Vaccination in the Punjab 1897-1904 - 1897-1904
Year: 1897
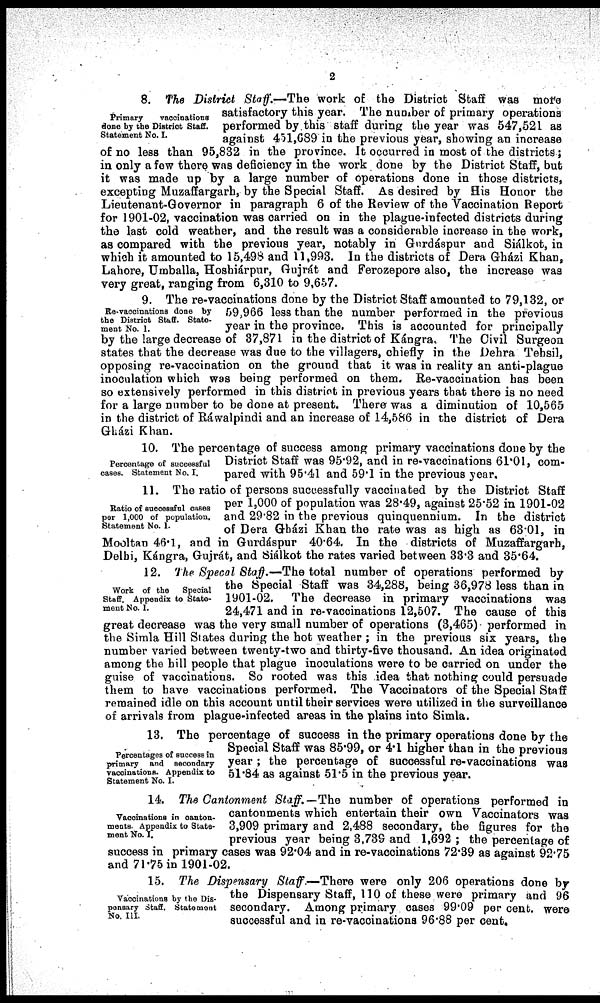
2
Primary
vaccinations
done by the District Staff.
Statement No. I.
8. The District Staff.—The work of the District Staff was more
satisfactory this year. The number of primary operations
performed by this staff during the year was 547,521 as
against 451,689 in the previous year, showing an increase
of no less than 95,832 in the province. It occurred in most of the districts;
in only a few there was deficiency in the work done by the District Staff, but
it was made up by a large number of operations done in those districts,
excepting Muzaffargarh, by the Special Staff. As desired by His Honor the
Lieutenant-Governor in paragraph 6 of the Review of the Vaccination Report
for 1901-02, vaccination was carried on in the plague-infected districts during
the last cold weather, and the result was a considerable increase in the work,
as compared with the previous year, notably in Gurdáspur and Siálkot, in
which it amounted to 15,498 and 11,993. In the districts of Dera Gházi Khan,
Lahore, Umballa, Hoshiárpur, Gujrát and Ferozepore also, the increase was
very great, ranging from 6,310 to 9,657.
Re-vaccinations done by
the District Staff. State-
ment No. 1.
9. The re-vaccinations done by the District Staff amounted to 79,132, or
59,966 less than the number performed in the previous
year in the province. This is accounted for principally
by the large decrease of 37,871 in the district of Kángra, The Civil Surgeon
states that the decrease was due to the villagers, chiefly in the Dehra Tehsil,
opposing re-vaccination on the ground that it was in reality an anti-plague
inoculation which was being performed on them. Re-vaccination has been
so extensively performed in this district in previous years that there is no need
for a large number to be done at present. There was a diminution of 10,565
in the district of Ráwalpindi and an increase of 14,586 in the district of Dera
Gházi Khan.
Percentage of successful
cases. Statement No. I.
10. The percentage of success among primary vaccinations done by the
District Staff was 95.92, and in re-vaccinations 61.01, com-
pared with 95.41 and 59.1 in the previous year.
Ratio of successful cases
per 1,000 of population.
Statement No. 1.
11. The ratio of persons successfully vaccinated by the District Staff
per 1,000 of population was 28.49, against 25.52 in 1901-02
and 29.82 in the previous quinquennium. In the district
of Dera Gházi Khan the rate was as high as 63.01, in
Mooltan 46.1, and in Gurdáspur 40.64. In the districts of Muzaffargarh,
Delhi, Kángra, Gujrát, and Siálkot the rates varied between 33.3 and 35.64.
Work of the
Special
Staff. Appendix to State-
ment No. I.
12. The Specal Staff.—The total number of operations performed by
the Special Staff was 34,288, being 36,978 less than in
1901-02. The decrease in primary vaccinations was
24,471 and in re-vaccinations 12,507. The cause of this
great decrease was the very small number of operations (3,465) performed in
the Simla Hill States during the hot weather ; in the previous six years, the
number varied between twenty-two and thirty-five thousand. An idea originated
among the hill people that plague inoculations were to be carried on under the
guise of vaccinations. So rooted was this idea that nothing could persuade
them to have vaccinations performed. The Vaccinators of the Special Staff
remained idle on this account until their services were utilized in the surveillance
of arrivals from plague-infected areas in the plains into Simla.
Percentages of success in
primary and secondary
vaccinations. Appendix to
Statement No. I.
13. The percentage of success in the primary operations done by the
Special Staff was 85.99, or 4.1 higher than in the previous
year ; the percentage of successful re-vaccinations was
51.84 as against 51.5 in the previous year.
Vaccinations in canton-
ments. Appendix to State-
ment No. I.
14. The Cantonment Staff.— The number of operations performed in
cantonments which entertain their own Vaccinators was
3,909 primary and 2,488 secondary, the figures for the
previous year being 3,739 and 1,692 ; the percentage of
success in primary cases was 92.04 and in re-vaccinations 72.39 as against 92.75
and 71.75 in 1901-02.
Vaccinations by the Dis-
pensary Staff. Statement
No. III.
15. The Dispensary Staff.—There were only 206 operations done by
the Dispensary Staff, 110 of these were primary and 96
secondary. Among primary cases 99.09 per cent. were
successful and in re-vaccinations 96.88 per cent.